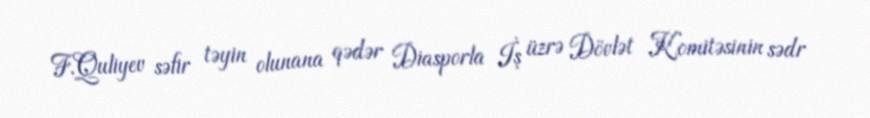
F.Quliyev səfir təyin olunana qədər Diasporla İş üzrə Dövlət Komitəsinin sədr